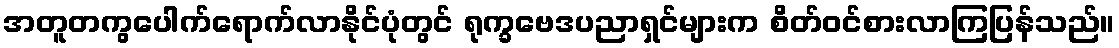
အတူတကွပေါက်ရောက်လာနိုင်ပုံတွင် ရုက္ခဗေဒပညာရှင်များက စိတ်ဝင်စားလာကြပြန်သည်။